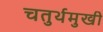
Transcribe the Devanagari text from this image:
चतुर्थमुखी